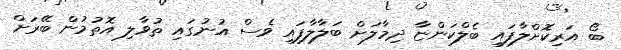
ބޯ އަރިކޮށްލާފައި ބެލްކަންޏާ ދިމާލަށް ބަލާލާފައި ވެސް އުނުގައި ތުވާލި އޮތުމުން ބޭރަށް